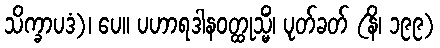
သိက္ခာပဒံ)၊ ပေ။ ပဟာရဒါနဝတ္ထုသ္မိံ၊ ပုတ်ခတ် (နိ၊ ၁၉၉)